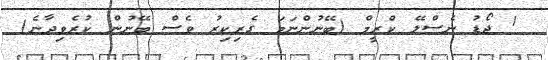
1 ޖޯޑު ނެސްލޭ ކްރީމް (ބޭނުންނަމަ ގެރިކިރު ވެސް ބޭނުން ކުރެވިދާނެ)